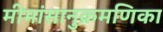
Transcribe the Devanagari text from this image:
मीमांसानुक्रमणिका